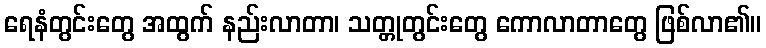
ရေနံတွင်းတွေ အထွက် နည်းလာတာ၊ သတ္တုတွင်းတွေ ကောလာတာတွေ ဖြစ်လာ၏။